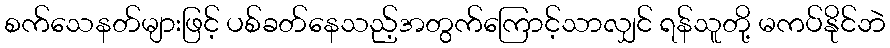
စက်သေနတ်များဖြင့် ပစ်ခတ်နေသည့်အတွက်ကြောင့်သာလျှင် ရန်သူတို့ မကပ်နိုင်ဘဲ